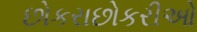
છોકરાછોકરીઓ